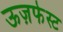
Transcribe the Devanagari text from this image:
ऊज़फेस्ट